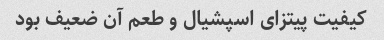
کیفیت پیتزای اسپشیال و طعم آن ضعیف بود